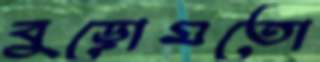
বুড়োমতো